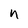
Character: n